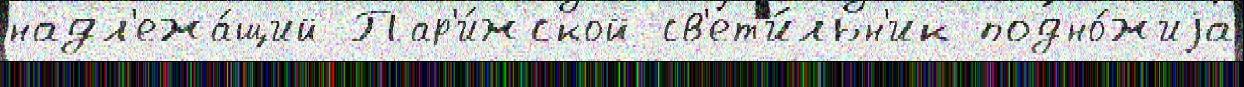
надл'ежа́щий Пар'и́жской св'ет'и́льн'ик подно́жиjа